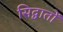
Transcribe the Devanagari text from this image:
सिद्वातों